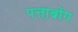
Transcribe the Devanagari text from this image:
पत्ताबोंग